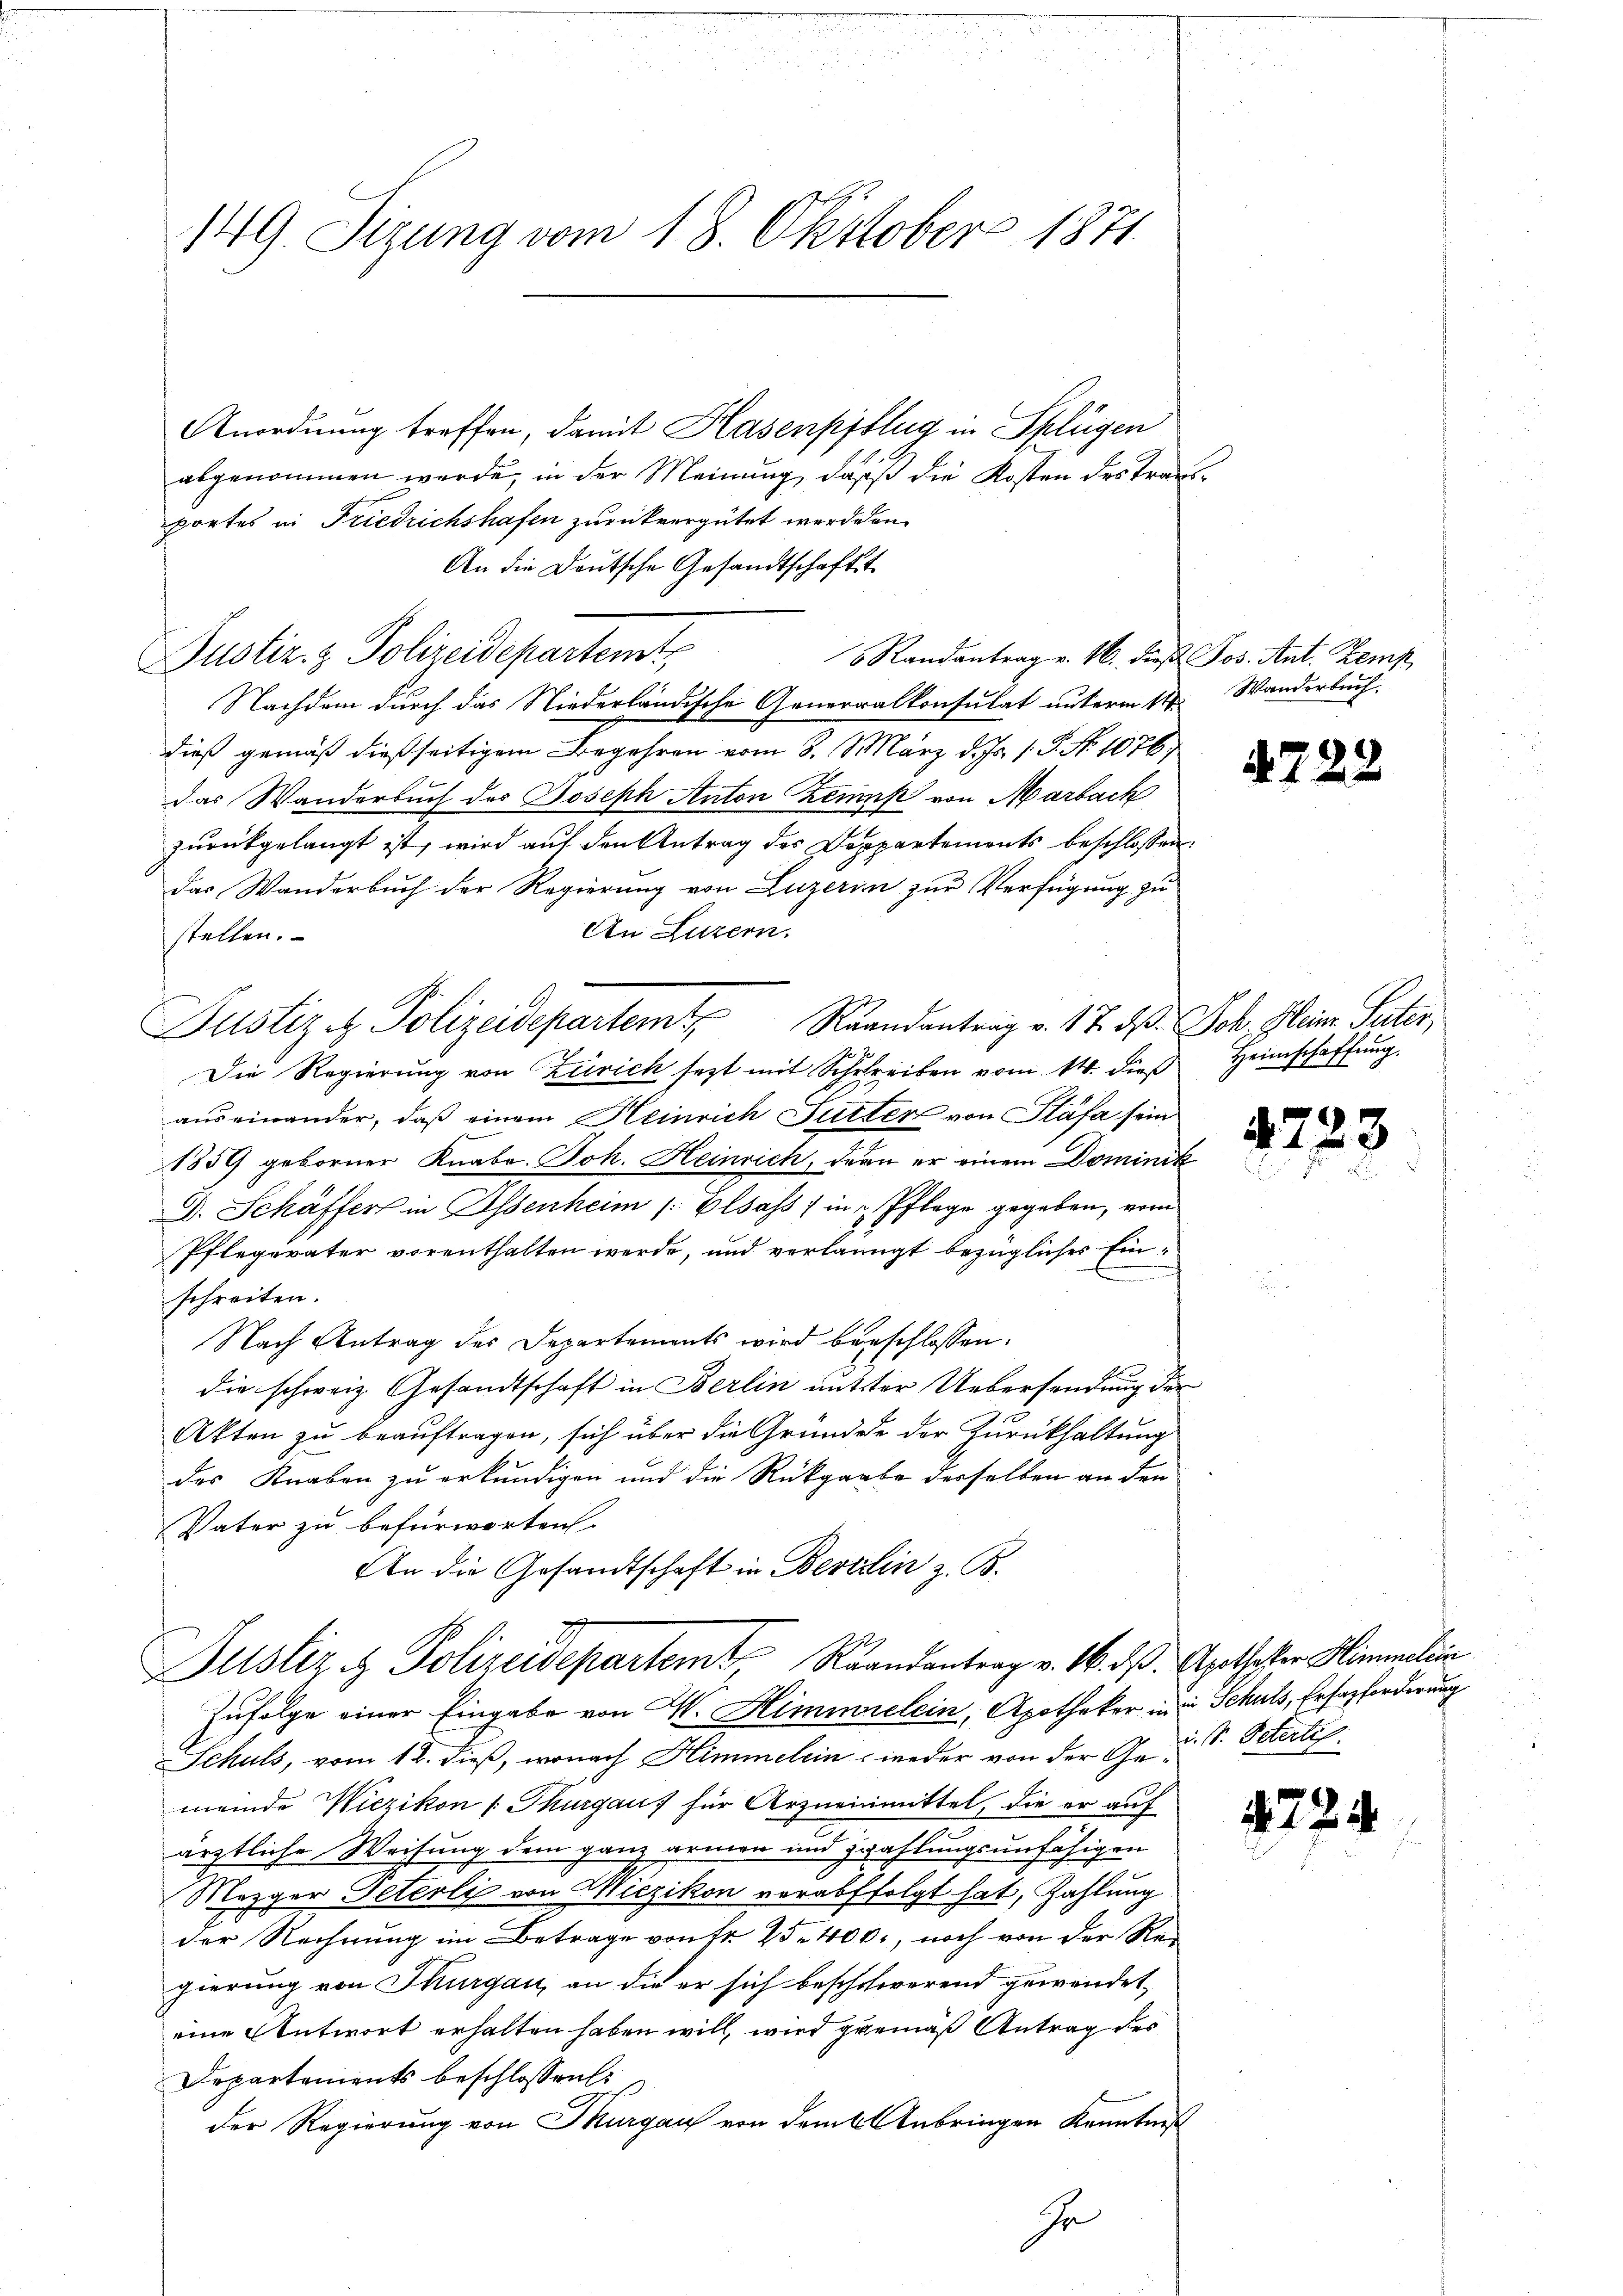
149. Sizung vom 18. Oktober 1871.

Anordnung treffen, damit Hasenpflug in Splügen
abgenommen werde, in der Meinung, dass die Kosten des Transportes in Friedrichshafen zurückvergütet werden.
An die Deutsche Gesandtschaftst
Justiz- & Polizeidepartemt,
Randantrag v. M. dieß Jos. Ant. Zemp
Nachdem durch das Niederländische Generalkonsulat unterm 11ten Wanderbuch
dieß gemäß dießseitigem Begehren vom 8. März d. Js. 1. P. No 1076,
Das Wanderbuch des Joseph Anton Zeit von Marbach
zurückgelangt ist, wird auf den Antrag des Dappartements beschlossen:
das Wanderbuch der Regierung von Luzern zur Verfügung zu
An Luzern.
stellen.
Justiz & Polizeidepartem Randantrag v. 17. d. Joh. Heim Peter,
Die Regierung von Zürich sezt mit Schreiben vom 14. dieß Heimschaffung.
auseinander, daß einem Heinrich Sutter von Stäfa sein
1859 geborner Knabe. Joh. Heinrich, dern er einem Dominik
D. Schäffer in Essenheim (: Elsass, in Pflege gegeben, vom
Pflegerater vorenthalten werde, und verlangt bezügliches Einschreiten.
Nach Antrag des Departements wird beschlossen.
die schweiz. Gesandtschaft in Berlin mutter Uebersendung der
Akten zu beauftragen, sich über die Grundde der Zurückhaltung
des Knaben zu erkundigen und die Rückgrabe derselben an den
Vater zu befürworten.
An die Gesandtschaft in Berthin z. B.
Justiz & Polizeidepartemt, Randantrag v. 16. ds. Apothester Himmelin
Zufolge einer Eingabe von M. Himmrelein, Apotheker in Schuls, Ersatzforderung
Schuls, vom 12. dieß, wonach Himmelein weder von der G. S. Peterli
meinde Wiezikon (Thurgaus für Arzneinmittel, die er auf
ärztliche Weisung dem ganz armen und zwahlungsunfähigen
Mezger Peterli von Wiezikon verabfolgt hat, Zahlung
der Rechnung im Betrage von Fr. 25 400., noch von der Regierung von Thurgau, an die er sich beschwerend gewendet,
eine Antwort erhalten haben will, wird gemäß Antrag des
Departements beschlossen:
der Regierung von Thurgau von dem Anbringen Kenntniß
hr

4728

ich

i

723

22.